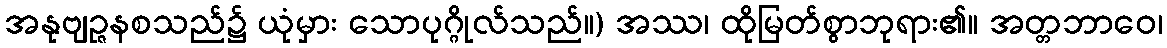
အနုဗျဉ္ဇနစသည်၌ ယုံမှား သောပုဂ္ဂိုလ်သည်။) အဿ၊ ထိုမြတ်စွာဘုရား၏။ အတ္တဘာဝေ၊